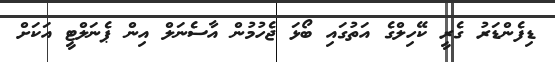
ޑިފެންޑަރު ގެރީ ކޭހިލްގެ އަތުގައި ބޯޅަ ޖެހުމުން އާސެނަލް އިން ޕެނަލްޓީ އަަކަށް